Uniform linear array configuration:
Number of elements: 16
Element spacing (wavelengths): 0.25
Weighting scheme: exponential
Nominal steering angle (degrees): -30
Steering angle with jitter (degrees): -31.395
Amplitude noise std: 0.05
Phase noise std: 0.05

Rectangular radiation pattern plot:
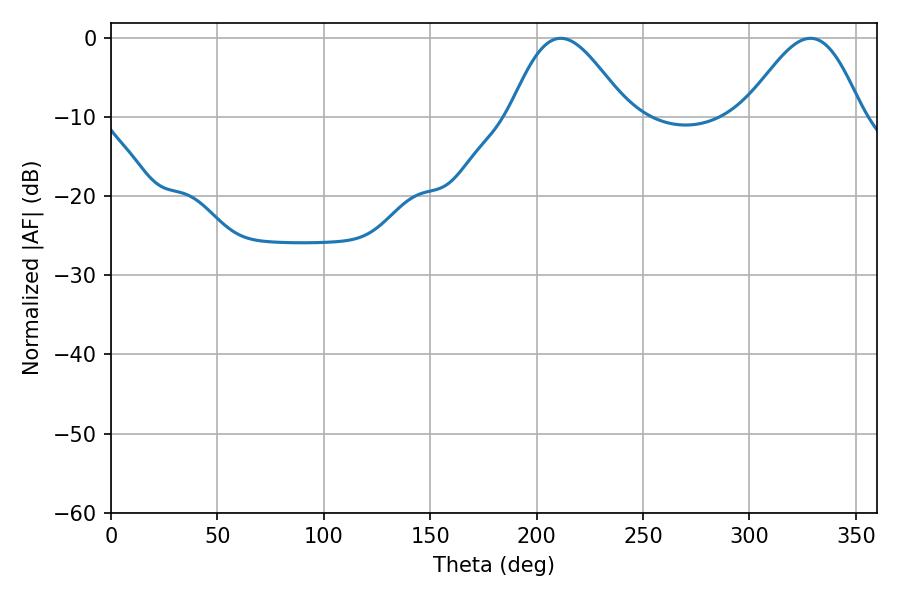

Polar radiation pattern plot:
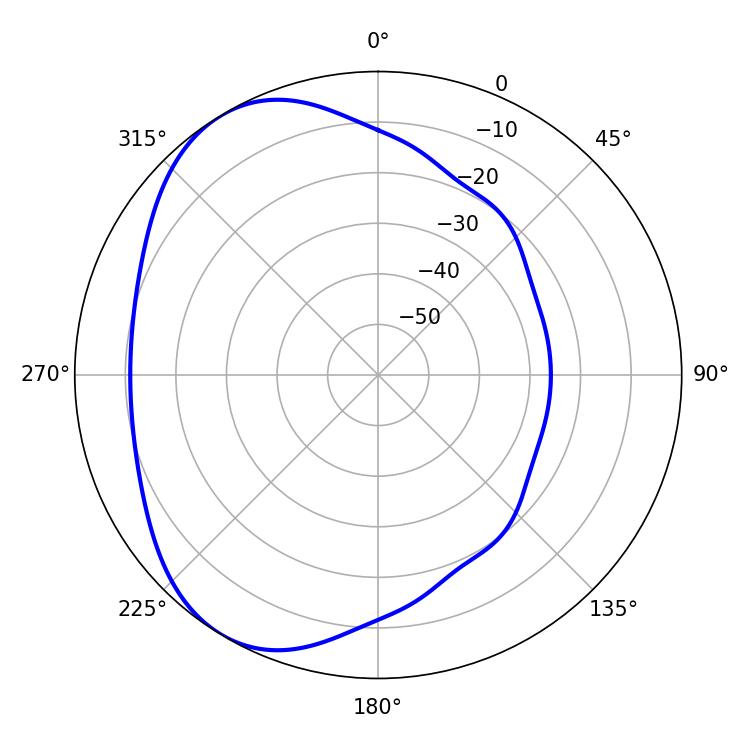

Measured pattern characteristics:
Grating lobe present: FALSE
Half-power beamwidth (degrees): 29.34
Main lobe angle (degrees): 211.32